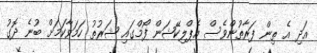
އަދި އެ ތިން ފަރާތުންވެސް އެޕްލިކޭޝަން ފޯމްގައި ޝަރުތު ހަމަވާކަމަށް ބުނެ ދޮގު